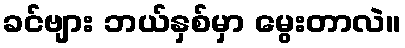
ခင်ဗျား ဘယ်နှစ်မှာ မွေးတာလဲ။